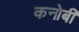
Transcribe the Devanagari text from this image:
कनोबी